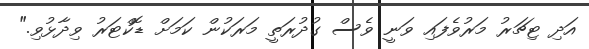
އަދި ޓިޗަރު މަރުވެފައި ވަނީ ވެސް ގުދުރަތީ މަރަކުން ކަމަށް ޑޮކްޓަރު ވިދާޅުވި."